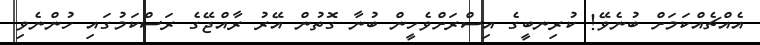
އެއްޗެއްކަމަށް ބުނެވޭ! ކުރިނބީގެ އިސްރަށްވެހީން ބުނާ ގޮތުން އޭރު ރާއްޖޭގެ ރަސްކަމުގައި ހުންނެވި